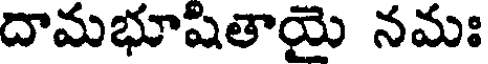
దామభూషితాయై నమః